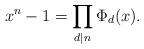
LaTeX: \begin{align*} x^n -1= \prod_{d|n} \Phi_{d}(x).\end{align*}